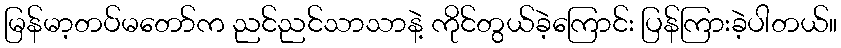
မြန်မာ့တပ်မတော်က ညင်ညင်သာသာနဲ့ ကိုင်တွယ်ခဲ့ကြောင်း ပြန်ကြားခဲ့ပါတယ်။